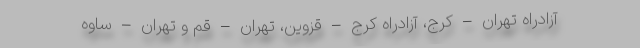
آزادراه تهران – کرج، آزادراه کرج – قزوین، تهران – قم و تهران – ساوه